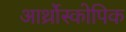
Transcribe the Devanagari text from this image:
आर्थ्रोस्कोपिक